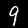
Label: 9